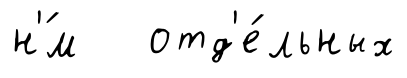
н'́м отд'е́льных